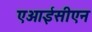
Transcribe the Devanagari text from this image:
एआईसीएन